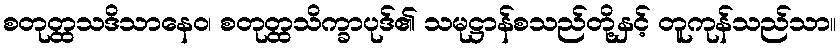
စတုတ္ထသဒိသာနေဝ၊ စတုတ္ထသိက္ခာပုဒ်၏ သမုဋ္ဌာန်စသည်တို့နှင့် တူကုန်သည်သာ။